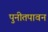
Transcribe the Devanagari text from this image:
पुनीतपावन